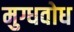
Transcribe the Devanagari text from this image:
मुग्धवोध